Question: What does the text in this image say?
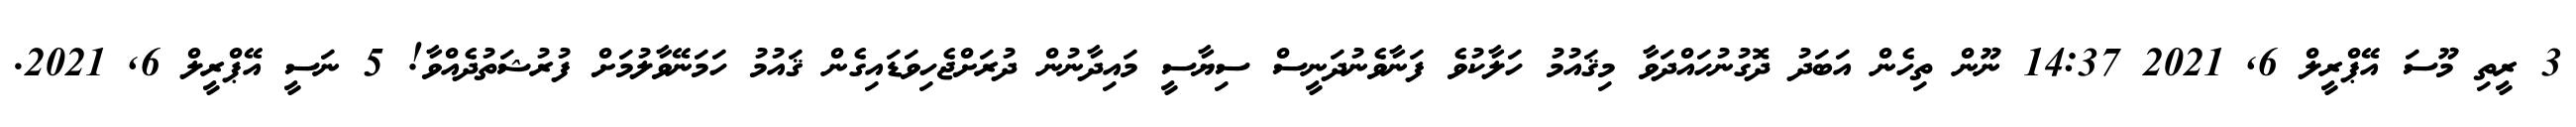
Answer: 3 ރީތި މޫސަ އޭޕްރީލް 6, 2021 14:37 ނޫން ތިހެން އަބަދު ދޮގުނުހައްދަވާ މިޤައުމު ހަލާކުވެ ފަނާވެނުދަނީސް ސިޔާސީ މައިދާނުން ދުރަށްޖެހިވަޑައިގެން ޤައުމު ހަމަނޭވާލުމަށް ފުރުޝަތުދެއްވާ! 5 ނަސީ އޭޕްރީލް 6, 2021.